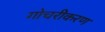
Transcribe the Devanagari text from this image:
गोचरीकरण